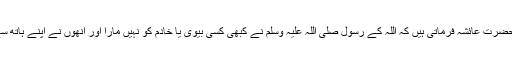
‘‘ نبی کریم کی سیرت ام المومنین حضرت عائشہ فرماتی ہیں کہ اللہ کے رسول صلی اللہ علیہ وسلم نے کبھی کسی بیوی یا خادم کو نہیں مارا اور انھوں نے اپنے ہاتھ سے کسی کو بھی ضرب نہیں لگائی۔